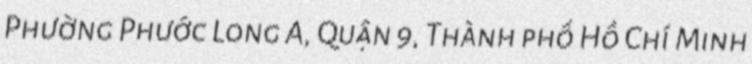
Phường Phước Long A, Quận 9, Thành phố Hồ Chí Minh